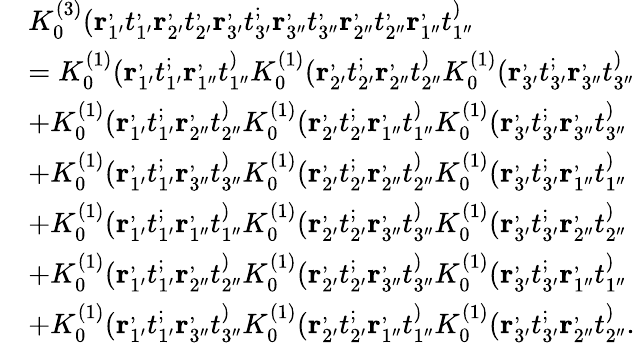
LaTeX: \begin{array}{rl}&{K_{0}^{(3)}(\mathbf{r}_{1^{\prime}}^,t_{1^{\prime}}^,\mathbf{r}_{2^{\prime}}^,t_{2^{\prime}}^,\mathbf{r}_{3^{\prime}}^,t_{3^{\prime}}^;\mathbf{r}_{3^{\prime\prime}}^,t_{3^{\prime\prime}}^,\mathbf{r}_{2^{\prime\prime}}^,t_{2^{\prime\prime}}^,\mathbf{r}_{1^{\prime\prime}}^,t_{1^{\prime\prime}}^)}\\ &{=K_{0}^{(1)}(\mathbf{r}_{1^{\prime}}^,t_{1^{\prime}}^;\mathbf{r}_{1^{\prime\prime}}^,t_{1^{\prime\prime}}^)K_{0}^{(1)}(\mathbf{r}_{2^{\prime}}^,t_{2^{\prime}}^;\mathbf{r}_{2^{\prime\prime}}^,t_{2^{\prime\prime}}^)K_{0}^{(1)}(\mathbf{r}_{3^{\prime}}^,t_{3^{\prime}}^;\mathbf{r}_{3^{\prime\prime}}^,t_{3^{\prime\prime}}^)}\\ &{+K_{0}^{(1)}(\mathbf{r}_{1^{\prime}}^,t_{1^{\prime}}^;\mathbf{r}_{2^{\prime\prime}}^,t_{2^{\prime\prime}}^)K_{0}^{(1)}(\mathbf{r}_{2^{\prime}}^,t_{2^{\prime}}^;\mathbf{r}_{1^{\prime\prime}}^,t_{1^{\prime\prime}}^)K_{0}^{(1)}(\mathbf{r}_{3^{\prime}}^,t_{3^{\prime}}^;\mathbf{r}_{3^{\prime\prime}}^,t_{3^{\prime\prime}}^)}\\ &{+K_{0}^{(1)}(\mathbf{r}_{1^{\prime}}^,t_{1^{\prime}}^;\mathbf{r}_{3^{\prime\prime}}^,t_{3^{\prime\prime}}^)K_{0}^{(1)}(\mathbf{r}_{2^{\prime}}^,t_{2^{\prime}}^;\mathbf{r}_{2^{\prime\prime}}^,t_{2^{\prime\prime}}^)K_{0}^{(1)}(\mathbf{r}_{3^{\prime}}^,t_{3^{\prime}}^;\mathbf{r}_{1^{\prime\prime}}^,t_{1^{\prime\prime}}^)}\\ &{+K_{0}^{(1)}(\mathbf{r}_{1^{\prime}}^,t_{1^{\prime}}^;\mathbf{r}_{1^{\prime\prime}}^,t_{1^{\prime\prime}}^)K_{0}^{(1)}(\mathbf{r}_{2^{\prime}}^,t_{2^{\prime}}^;\mathbf{r}_{3^{\prime\prime}}^,t_{3^{\prime\prime}}^)K_{0}^{(1)}(\mathbf{r}_{3^{\prime}}^,t_{3^{\prime}}^;\mathbf{r}_{2^{\prime\prime}}^,t_{2^{\prime\prime}}^)}\\ &{+K_{0}^{(1)}(\mathbf{r}_{1^{\prime}}^,t_{1^{\prime}}^;\mathbf{r}_{2^{\prime\prime}}^,t_{2^{\prime\prime}}^)K_{0}^{(1)}(\mathbf{r}_{2^{\prime}}^,t_{2^{\prime}}^;\mathbf{r}_{3^{\prime\prime}}^,t_{3^{\prime\prime}}^)K_{0}^{(1)}(\mathbf{r}_{3^{\prime}}^,t_{3^{\prime}}^;\mathbf{r}_{1^{\prime\prime}}^,t_{1^{\prime\prime}}^)}\\ &{+K_{0}^{(1)}(\mathbf{r}_{1^{\prime}}^,t_{1^{\prime}}^;\mathbf{r}_{3^{\prime\prime}}^,t_{3^{\prime\prime}}^)K_{0}^{(1)}(\mathbf{r}_{2^{\prime}}^,t_{2^{\prime}}^;\mathbf{r}_{1^{\prime\prime}}^,t_{1^{\prime\prime}}^)K_{0}^{(1)}(\mathbf{r}_{3^{\prime}}^,t_{3^{\prime}}^;\mathbf{r}_{2^{\prime\prime}}^,t_{2^{\prime\prime}}^).}\end{array}